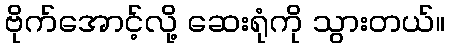
ဗိုက်အောင့်လို့ ဆေးရုံကို သွားတယ်။